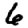
Digit: 6